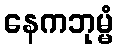
နေကဘုမ္မံ